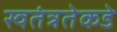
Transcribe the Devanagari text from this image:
स्वतंत्रतेकडे